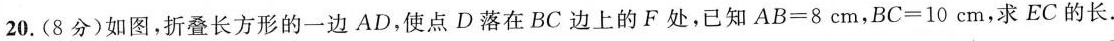
20.(8分)如图，折叠长方形的一边AD，使点D落在BC边上的F处，已知$$A B = 8$$cm，$$B C = 1 0$$cm，求EC的长。